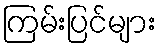
ကြမ်းပြင်များ